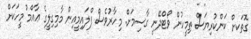
ގޮތަކށް ކަންކުރިޔަސް ތިމީހުން ވޯޓްދޭނީ ގާސިމަށް. މިހާރުވެސް ފްލައިމީއިން މާމިގިލީގެ ޢާއްމު މީހަކަށް